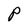
Character: P